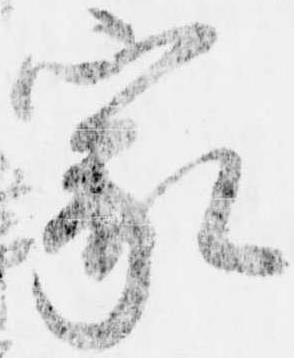
家